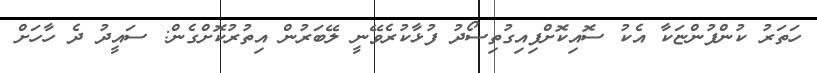
ހަތަރު ކުންފުންޏަކާ އެކު ސޮއިކޮށްފިއިގުތިސޯދު ފުޅާކުރެވޭނީ ލޭބަރުން އިތުރުކޮށްގެން: ސައީދު ދެ ހާހަށް